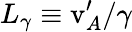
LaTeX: L_{\gamma}\equiv\mathrm{v}_{A}^{\prime}/\gamma